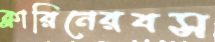
ক্লারিনেরবস